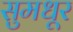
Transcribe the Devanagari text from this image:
सुमधूर